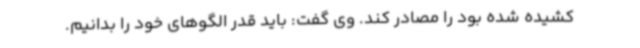
کشیده شده بود را مصادر کند. وی گفت: باید قدر الگوهای خود را بدانیم.